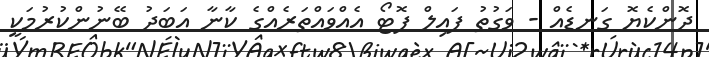
ދޮންކެޔޮ ގަނޑެއް - ވަގުތު ފައިލް ފޮޓޯ އެއްވައްތަރެއްގެ ކާނާ އަބަދު ބޭނުންކުރުމަކީ